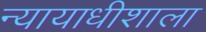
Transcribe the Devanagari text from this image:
न्यायाधीशाला